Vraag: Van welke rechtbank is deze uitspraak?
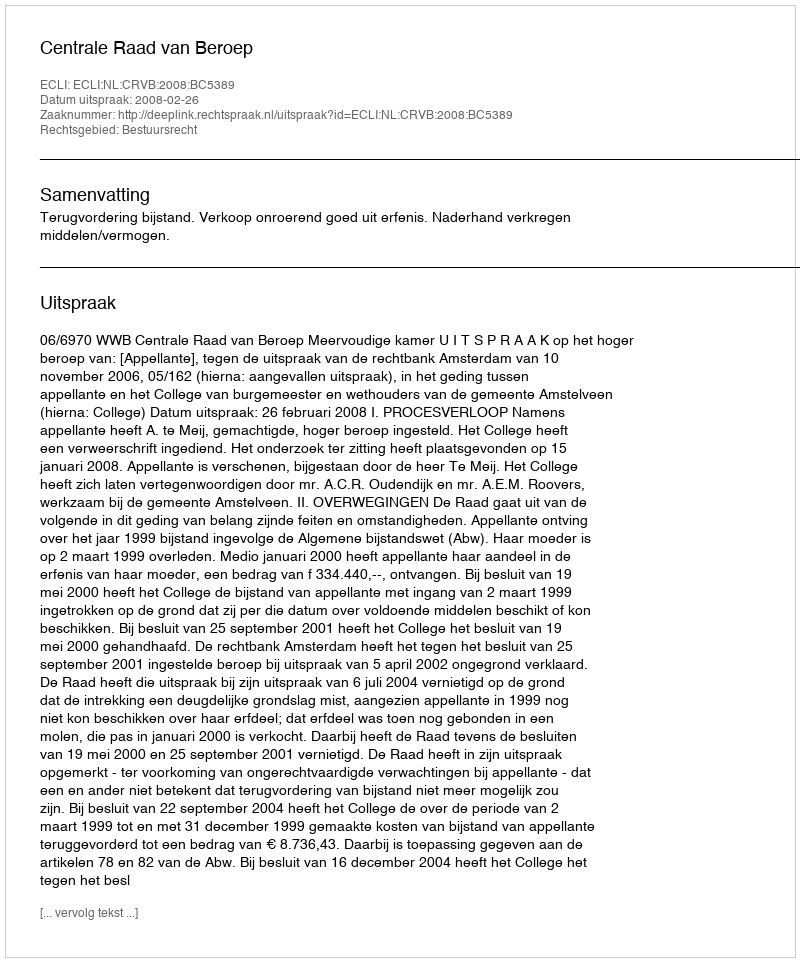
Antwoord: Centrale Raad van Beroep